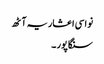
نواسی اعشاریہ آٹھ
سنگاپور ۔